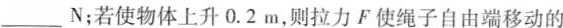
___ N$$ ；若使物体上升0.2m，则拉力F使绳子自由端移动的